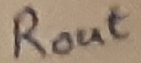
Text: ROUT